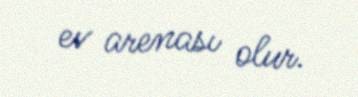
ev arenası olur.